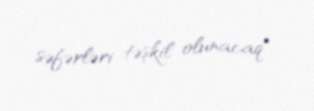
səfərləri təşkil olunacaq".